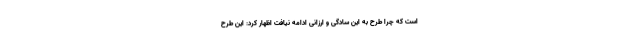
است که چرا طرح به این سادگی و ارزانی ادامه نیافت اظهار کرد: این طرح